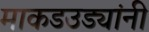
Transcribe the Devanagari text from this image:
माकडउड्यांनी